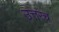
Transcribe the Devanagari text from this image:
उत्तरच